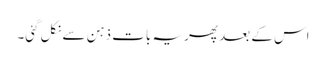
اس کے بعد پھر یہ بات ذہن سے نکل گئی۔